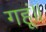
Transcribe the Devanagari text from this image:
गहूं॥